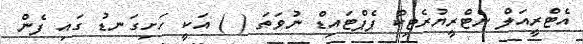
އެޓްރީއަލް ނެޓްރީޔުރެޓިކް ޕެޕްޓައިޑް ނުވަތަ ( ) އަކީ ހަށިގަނޑު ގައި ފެން